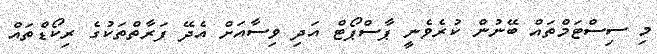
މި ސިސްޓަމްތައް ބޭނުން ކުރެވެނީ ޕާސްޕޯޓް އަދި ވިސާއަށް އެދޭ ފަރާތްތަކުގެ ރިކޯޑްތައް